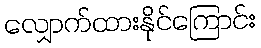
လျှောက်ထားနိုင်ကြောင်း